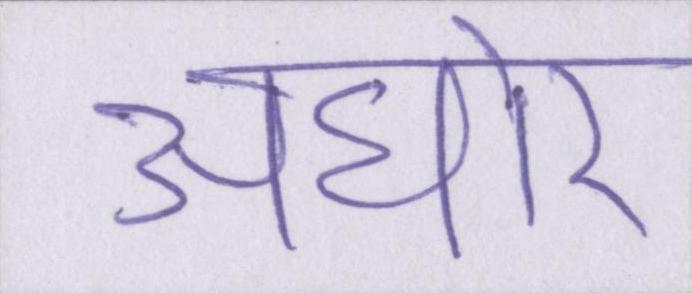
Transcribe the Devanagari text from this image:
अघोर